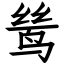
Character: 鸶